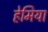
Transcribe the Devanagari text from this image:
हेमिया